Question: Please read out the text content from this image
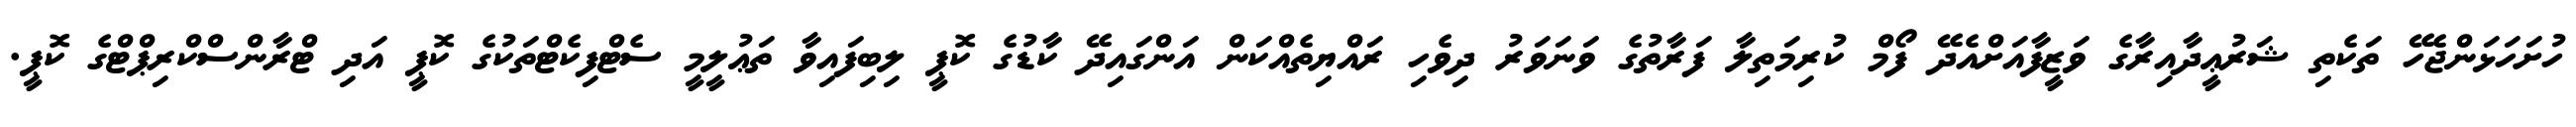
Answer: ހުށަހަޅަންޖެހޭ ތަކެތި ޝަރުޢީދާއިރާގެ ވަޒީފާއަށްއެދޭ ފޯމް ކުރިމަތިލާ ފަރާތުގެ ވަނަވަރު ދިވެހި ރައްޔިތެއްކަން އަންގައިދޭ ކާޑުގެ ކޮޕީ ލިބިފައިވާ ތަޢުލީމީ ސެޓްފިކެޓްތަކުގެ ކޮޕީ އަދި ޓްރާންސްކްރިޕްޓްގެ ކޮޕީ.